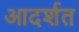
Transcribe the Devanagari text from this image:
आदर्शत